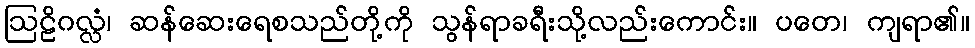
ဩဠိဂလ္လံ၊ ဆန်ဆေးရေစသည်တို့ကို သွန်ရာခရီးသို့လည်းကောင်း။ ပတေ၊ ကျရာ၏။